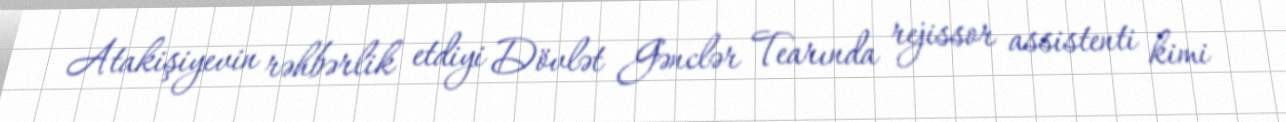
Atakişiyevin rəhbərlik etdiyi Dövlət Gənclər Tearında rejissor assistenti kimi